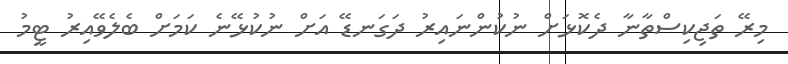
މިރޭ ތަޖިކިސްތާނާ ދެކޮޅަށް ނުކުންނައިރު ދަގަނޑޭ އަށް ނުކުޅޭނެ ކަމަށް ބެލެވޭއިރު ޓީމު